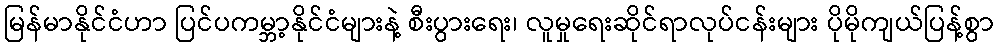
မြန်မာနိုင်ငံဟာ ပြင်ပကမ္ဘာ့နိုင်ငံများနဲ့ စီးပွားရေး၊ လူမှုရေးဆိုင်ရာလုပ်ငန်းများ ပိုမိုကျယ်ပြန့်စွာ